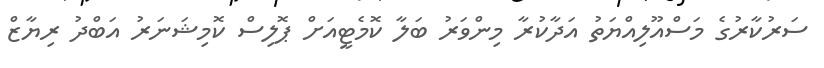
ސަރުކާރުގެ މަސްއޫލިއްޔަތު އަދާކުރާ މިންވަރު ބަލާ ކޮމެޓީއަށް ޕޮލިސް ކޮމިޝަނަރު އަބްދު ރިޔާޒް